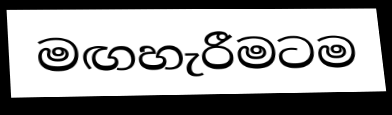
මඟහැරීමටම